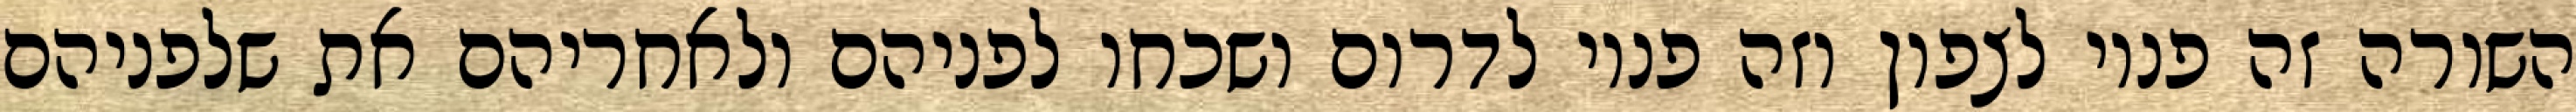
השורה זה פניו לצפון וזה פניו לדרום ושכחו לפניהם ולאחריהם את שלפניהם